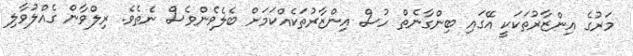
މަރުގެ އިންޒާރުތަކަކީ އޭގައި ބިންގާނެތް ހުސް އިންޒާރުތަކެއްކަމަށް ބެލެވެންވެސް ނެތެވެ. ރިލްވާން ގެއްލުވާލި